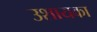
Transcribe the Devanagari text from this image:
उशायका